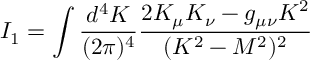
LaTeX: I _ { 1 } = \int \frac { d ^ { 4 } K } { ( 2 \pi ) ^ { 4 } } \frac { 2 K _ { \mu } K _ { \nu } - g _ { \mu \nu } K ^ { 2 } } { ( K ^ { 2 } - M ^ { 2 } ) ^ { 2 } }